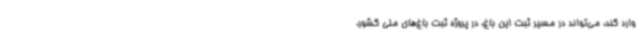
وارد کند، می‌تواند در مسیر ثبت این باغ، در پروژه ثبت باغ‌های ملی کشور،